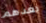
بعدهم